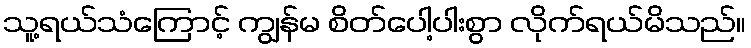
သူ့ရယ်သံကြောင့် ကျွန်မ စိတ်ပေါ့ပါးစွာ လိုက်ရယ်မိသည်။